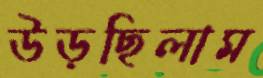
উড়ছিলাম